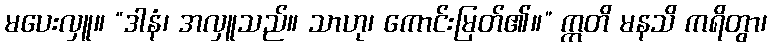
မပေးလှူ။ “ဒါနံ၊ အလှူသည်။ သာဟု၊ ကောင်းမြတ်၏။” ဣတိ မနသိ ကရိတွာ၊